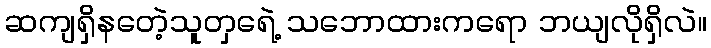
ဆကျရှိနတေဲ့သူတှရေဲ့ သဘောထားကရော ဘယျလိုရှိလဲ။